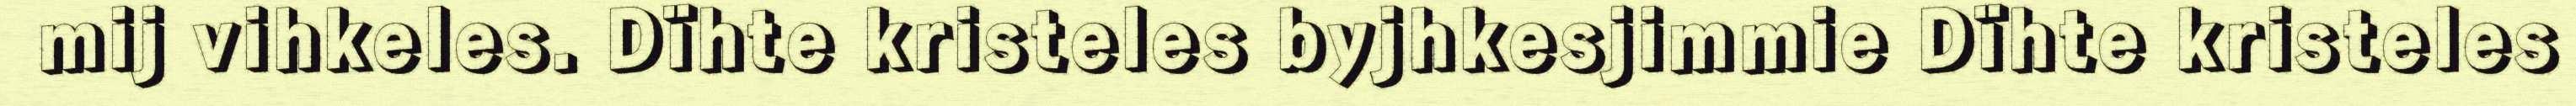
mij vihkeles. Dïhte kristeles byjhkesjimmie Dïhte kristeles